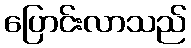
ပြောင်းလာသည်